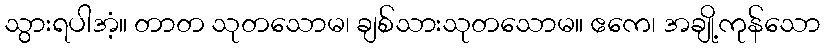
သွားရပါအံ့။ တာတ သုတသောမ၊ ချစ်သားသုတသောမ။ ဧကေ၊ အချို့ကုန်သော